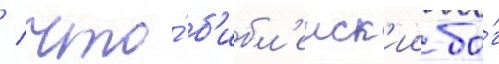
/ что́ б'ибл'еиск'ии бо́г